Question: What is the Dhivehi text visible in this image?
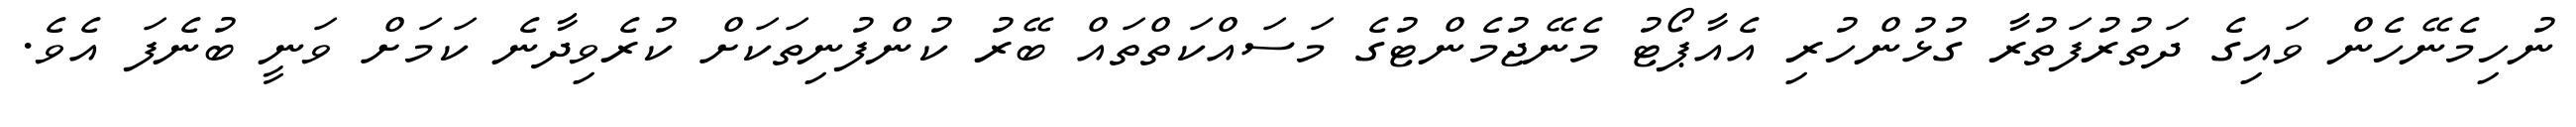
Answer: ނުހިމެނޭހެން ވައިގެ ދަތުރުފަތުރާ ގުޅުންހުރި އެއާޕޯޓު މެނޭޖުމެންޓުގެ މަސައްކަތްތައް ބޭރު ކުންފުނިތަކަށް ކުރެވިދާނެ ކަމަށް ވަނީ ބުނެފަ އެވެ.